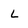
Character: l